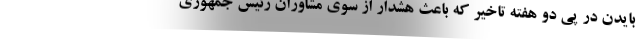
بایدن در پی دو هفته تاخیر که باعث هشدار از سوی مشاوران رئیس جمهوری